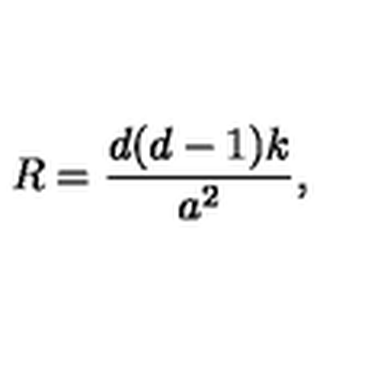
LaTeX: R = \frac { d ( d - 1 ) k } { a ^ { 2 } } ,